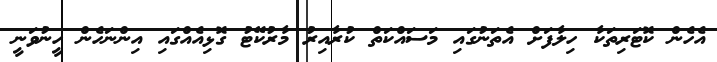
އެހެން ކޮޓަރިތަކާ ހިލާފަށް އެތަނުގައި މަސައްކަތް ކުރާއިރު މާރުކޭޓު ގޮޅިއެއްގައި އިންނަހެން ހީނުވަނީ